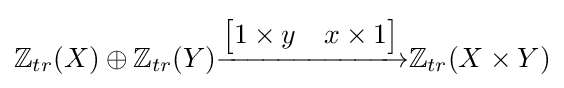
\mathbb {Z} _{tr}(X)\oplus \mathbb {Z} _{tr}(Y){\xrightarrow {\begin{bmatrix}1\times y&x\times 1\end{bmatrix}}}\mathbb {Z} _{tr}(X\times Y)